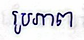
រូបភាព